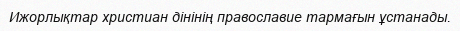
Ижорлықтар христиан дінінің православие тармағын ұстанады.